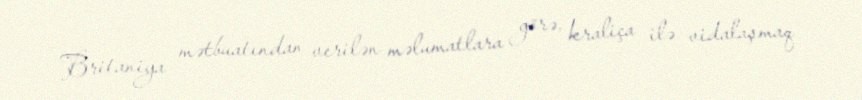
Britaniya mətbuatından verilən məlumatlara görə, kraliça ilə vidalaşmaq